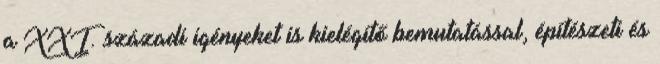
a XXI. századi igényeket is kielégítő bemutatással, építészeti és